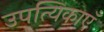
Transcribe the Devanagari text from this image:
उपत्यिकाएँ